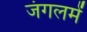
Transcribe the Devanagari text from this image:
जंगलमें